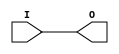
module BUFIO
`ifdef XIL_TIMING
#(
  parameter LOC = "UNPLACED"
)
`endif
(
  output O,

  input I
);
  
// define constants
  localparam MODULE_NAME = "BUFIO";

`ifdef XIL_TIMING
  reg notifier;
`endif

// begin behavioral model

    buf B1 (O, I);

// end behavioral model

`ifndef XIL_XECLIB
`ifdef XIL_TIMING
  specify
    (I => O) = (0:0:0, 0:0:0);
    $period (negedge I, 0:0:0, notifier);
    $period (posedge I, 0:0:0, notifier);
    specparam PATHPULSE$ = 0;
  endspecify
`endif
`endif

endmodule